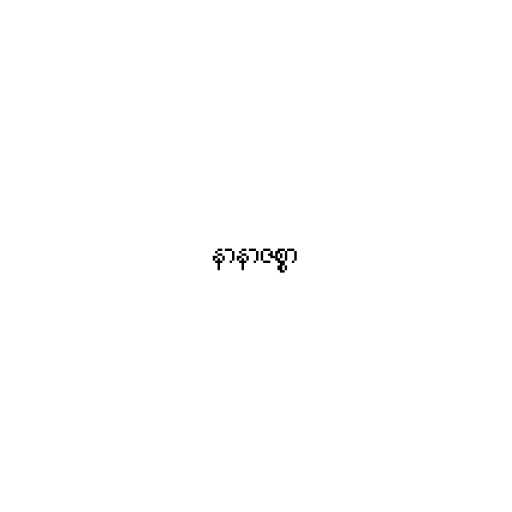
နာနာဇစ္စာ